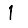
Digit: 1